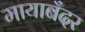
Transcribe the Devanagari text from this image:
मायाबँदर